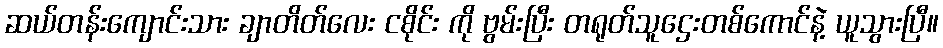
ဆယ်တန်းကျောင်းသား ချာတိတ်လေး ငစိုင်း ကို ဗွမ်းပြီး တရုတ်သူဌေးတစ်ကောင်နဲ့ ယူသွားပြီ။